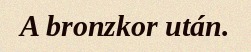
A bronzkor után.